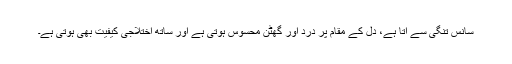
سانس تنگی سے آتا ہے، دل کے مقام پر درد اور گھٹن محسوس ہوتی ہے اور ساتھ اختلاجی کیفیت بھی ہوتی ہے۔